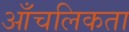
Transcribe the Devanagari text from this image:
आँचलिकता